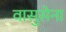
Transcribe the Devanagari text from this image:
वासुसेना